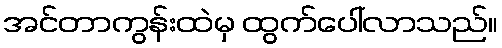
အင်တာကွန်းထဲမှ ထွက်ပေါ်လာသည်။